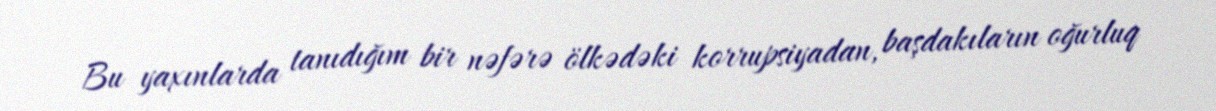
Bu yaxınlarda tanıdığım bir nəfərə ölkədəki korrupsiyadan, başdakıların oğurluq